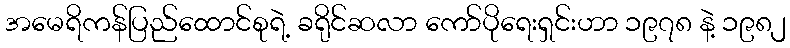
အမေရိကန်ပြည်ထောင်စုရဲ့ ခရိုင်ဆလာ ကော်ပိုရေးရှင်းဟာ ၁၉၇၈ နဲ့ ၁၉၈၂